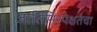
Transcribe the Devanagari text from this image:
जातिनिरपेक्षतेचा